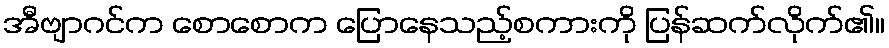
အီဗျာဂင်က စောစောက ပြောနေသည့်စကားကို ပြန်ဆက်လိုက်၏။